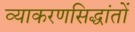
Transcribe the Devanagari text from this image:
व्याकरणसिद्धांतों